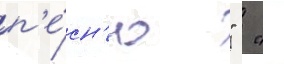
п'е́сн'ю "  ".